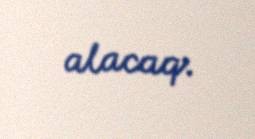
alacaq.